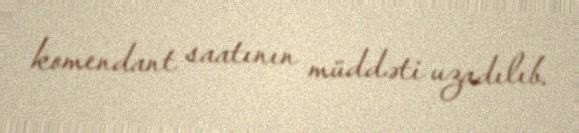
komendant saatının müddəti uzadılıb.